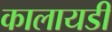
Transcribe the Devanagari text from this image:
कालायडी